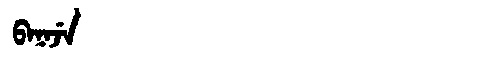
Manchu: ᠪᠠᠨᠠᠵᡝ
Romanization: BANAJE